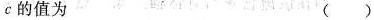
c的值为 ()